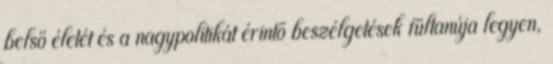
belső életét és a nagypolitikát érintő beszélgetések fültanúja legyen,